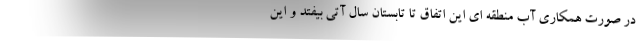
در صورت همکاری آب منطقه ای این اتفاق تا تابستان سال آتی بیفتد و این